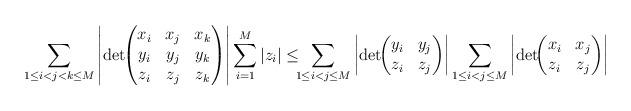
LaTeX: \begin{align*}\sum_{1 \le i < j < k \le M} \left |\det\!\!\begin{pmatrix}x_i & x_j & x_k \\y_i & y_j & y_k \\z_i & z_j & z_k\end{pmatrix}\right| \sum_{i=1}^M |z_i| \le \!\!\!\sum_{1 \le i < j \le M} \left |\det\!\!\begin{pmatrix}y_i & y_j \\z_i & z_j \end{pmatrix}\right|\sum_{1 \le i < j \le M} \left |\det\!\!\begin{pmatrix}x_i & x_j \\z_i & z_j \end{pmatrix}\right|\end{align*}